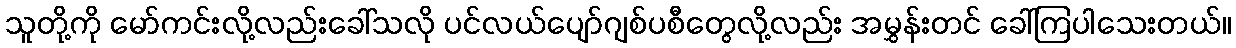
သူတို့ကို မော်ကင်းလို့လည်းခေါ်သလို ပင်လယ်ပျော်ဂျစ်ပစီတွေလို့လည်း အမွှန်းတင် ခေါ်ကြပါသေးတယ်။